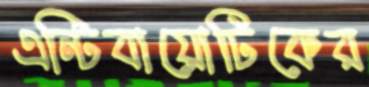
এন্টিবায়োটিকের